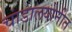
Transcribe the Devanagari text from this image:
चांडालयोनीत